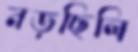
নড়ছিলি